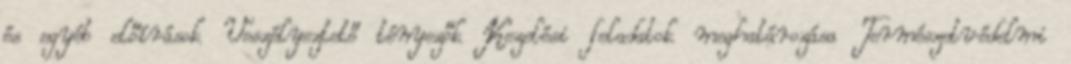
és egyéb előírások Veszélyeztető tényezők Kezelési feladatok meghatározása Természetvédelmi